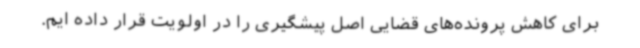
برای کاهش پرونده‌های قضایی اصل پیشگیری را در اولویت قرار داده ایم.